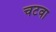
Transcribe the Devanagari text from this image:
चटवा